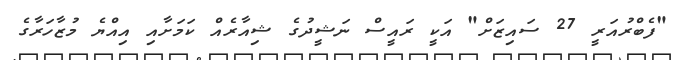
"ފެބްރުއަރީ 27 ސައިޒަށް" އަކީ ރައީސް ނަޝީދުގެ ޝިއާރެއް ކަމަށާއި އިއްޔެ މުޒާހަރާގެ